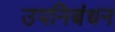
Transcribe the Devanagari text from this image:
उपनिबंधन